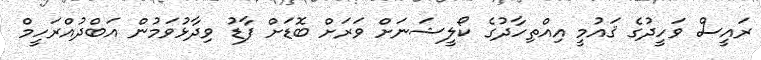
ރައީސް ވަހީދުގެ ޤައުމީ އިއްތިހާދުގެ ކޯލީޝަނަށް ވަރަށް ބޮޑަށް ފާޑު ވިދާޅުވަމުން އަބްދުއްރަހީމް